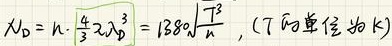
$N_{D}=n\cdot \frac {4}{3}\pi r_{D}^{3}=1380\sqrt  {\frac {T^{3}}{n}},(T的单位为K)$